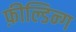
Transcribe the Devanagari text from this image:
फ़ील्डिन्ग